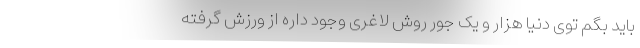
باید بگم توی دنیا هزار و یک جور روش لاغری وجود داره از ورزش گرفته